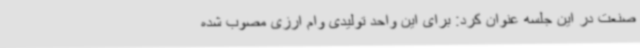
صنعت در این جلسه عنوان کرد: برای این واحد تولیدی وام ارزی مصوب شده